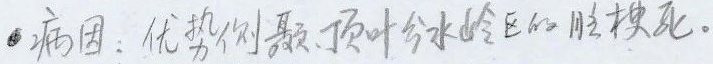
●病因：优势侧颞、顶叶分水岭区的脑梗死。